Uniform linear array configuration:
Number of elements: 64
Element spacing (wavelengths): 1
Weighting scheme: uniform
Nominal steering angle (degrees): -60
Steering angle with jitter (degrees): -60.59
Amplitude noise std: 0.05
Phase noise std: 0.05

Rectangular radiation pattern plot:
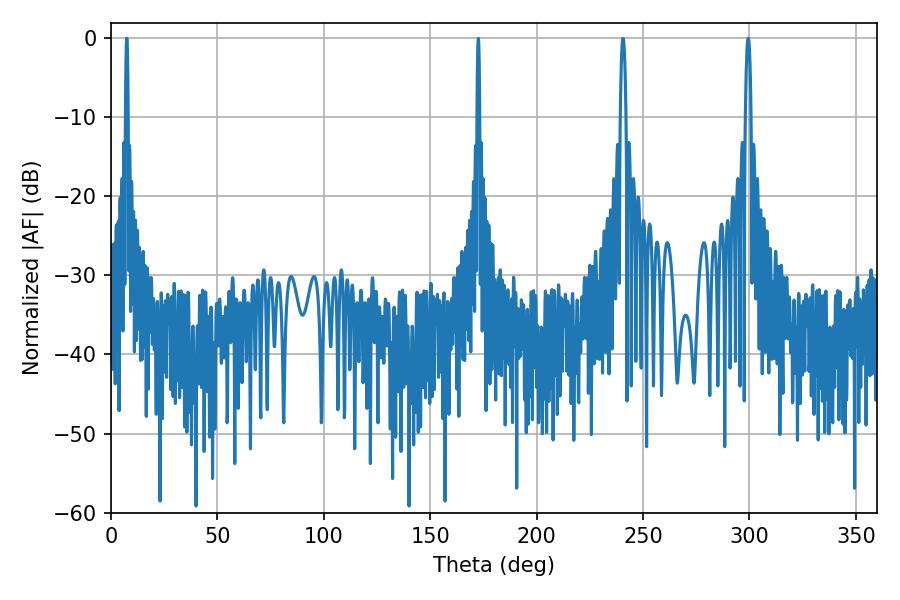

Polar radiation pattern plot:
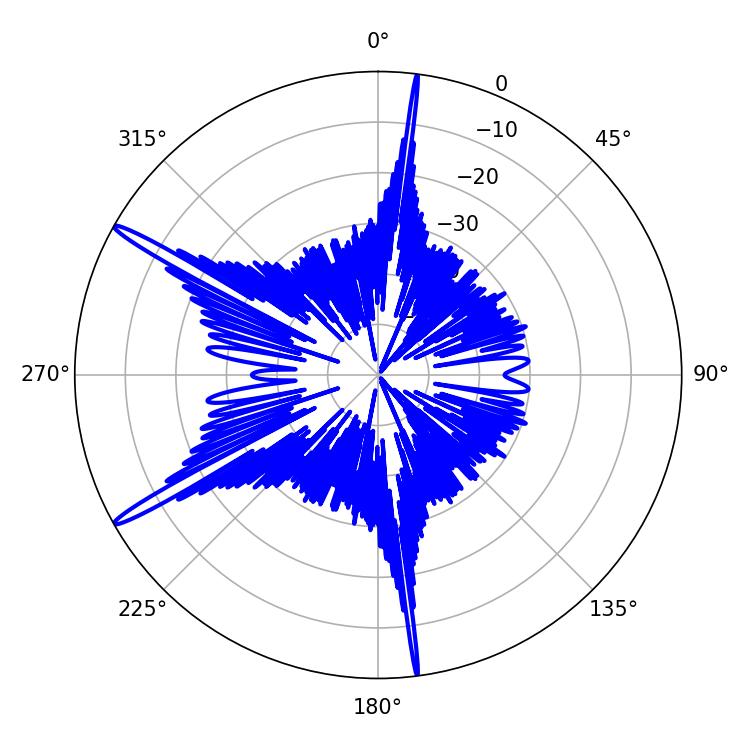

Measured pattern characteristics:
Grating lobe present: TRUE
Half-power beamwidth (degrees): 0.72
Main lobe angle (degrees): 172.62